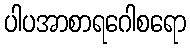
ပါပအာစာရဂေါစရော